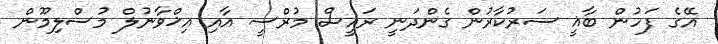
އޭގެ ފަހުން ބާޣީ ސަރުކާރުން ގެންދަނީ ރައީސް މުރްސީ އާއި އިޚްވާނުލް މުސްލިމޫން